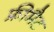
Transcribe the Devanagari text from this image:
फ्रीमैट